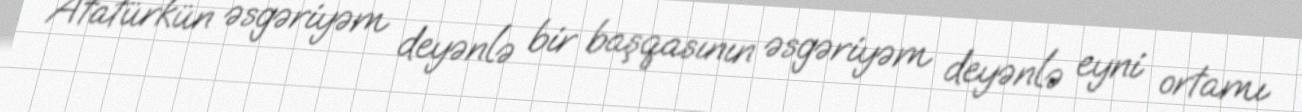
Atatürkün əsgəriyəm deyənlə bir başqasının əsgəriyəm deyənlə eyni ortamı